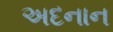
અદનાન